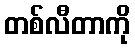
တစ်လီတာကို